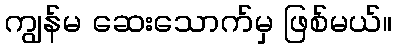
ကျွန်မ ဆေးသောက်မှ ဖြစ်မယ်။